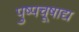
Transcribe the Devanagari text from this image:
पुष्पचूषाद्य